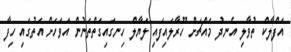
އަފްލާކް ތުވާލި އެނދު މައްޗަށް ހޫރާލައިފައި ލަޔާލް ހިނގައިގަތްތަނުން އަވަހަށް އަތުގައި ހިފާ